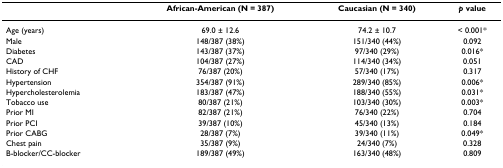
|  | African-American (N = 387) | Caucasian (N = 340) | p value |
 | --- | --- | --- | --- |
 | Age (years) | 69.0 ± 12.6 | 74.2 ± 10.7 | < 0.001* |
 | Male | 148/387 (38%) | 151/340 (44%) | 0.092 |
 | Diabetes | 143/387 (37%) | 97/340 (29%) | 0.016* |
 | CAD | 104/387 (27%) | 114/340 (34%) | 0.051 |
 | History of CHF | 76/387 (20%) | 57/340 (17%) | 0.317 |
 | Hypertension | 354/387 (91%) | 289/340 (85%) | 0.006* |
 | Hypercholesterolemia | 183/387 (47%) | 188/340 (55%) | 0.031* |
 | Tobacco use | 80/387 (21%) | 103/340 (30%) | 0.003* |
 | Prior MI | 82/387 (21%) | 76/340 (22%) | 0.704 |
 | Prior PCI | 39/387 (10%) | 45/340 (13%) | 0.184 |
 | Prior CABG | 28/387 (7%) | 39/340 (11%) | 0.049* |
 | Chest pain | 35/387 (9%) | 24/340 (7%) | 0.328 |
 | B-blocker/CC-blocker | 189/387 (49%) | 163/340 (48%) | 0.809 |